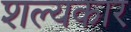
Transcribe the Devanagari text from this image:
शल्यकार